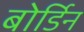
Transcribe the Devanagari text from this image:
बोर्डिन